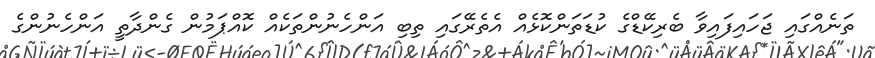
ތަނެއްގައި ޖަހައިފައިވާ ބެރިކޭޑްގެ ކުޑަތަންކޮޅެއް އެތެރޭގައި ތިބި އަންހެނުންތަކެއް ކޮއްޕަމުން ގެންދާތީ އަންހެނުންގެ